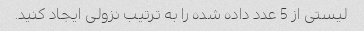
لیستی از 5 عدد داده شده را به ترتیب نزولی ایجاد کنید.